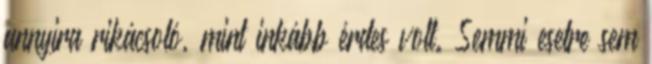
annyira rikácsoló, mint inkább érdes volt. Semmi esetre sem